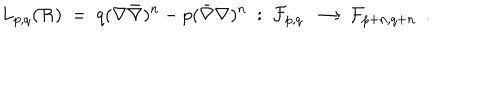
L _ { p , q } ( { \cal R } ) \ = \ q ( \nabla \bar { \nabla } ) ^ { n } - p ( \bar { \nabla } \nabla ) ^ { n } \ : \ { \cal F } _ { p , q } \ \longrightarrow { \cal F } _ { p + n , q + n } \ \ .